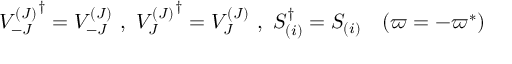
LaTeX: { V _ { - J } ^ { ( J ) } } ^ { \dag } = V _ { - J } ^ { ( J ) } \ , \ { V _ { J } ^ { ( J ) } } ^ { \dag } = V _ { J } ^ { ( J ) } \ , \ S _ { ( i ) } ^ { \dag } = S _ { ( i ) } \quad ( \varpi = - \varpi ^ { \ast } )